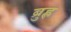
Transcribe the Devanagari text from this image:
ब्रुह्ल